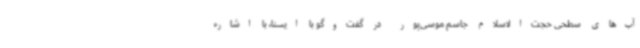
آب‌های سطحی حجت‌الاسلام جاسم موسی‌پور در گفت‌وگو با ایسنا، با اشاره